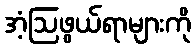
အံ့ဩဖွယ်ရာများကို